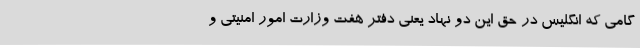
گامی که انگلیس در حق این دو نهاد یعنی دفتر هفت وزارت امور امنیتی و